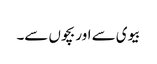
بیوی سے اور بچوں سے۔